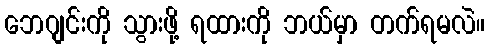
ဘေဂျင်းကို သွားဖို့ ရထားကို ဘယ်မှာ တက်ရမလဲ။